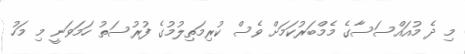
މި ދެ މުއައްސަސާގެ މެމްބަރުކަމަށް ވެސް ކުރިމަތިލުމުގެ ފުރުސަތު ހަމަވަނީ މި މަހު